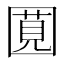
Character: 𪢯